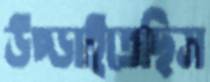
উপ্‌ড়াইতেছিস